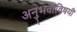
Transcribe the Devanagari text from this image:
अनुभवांविषयी